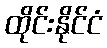
ထိုင်းနိုင်ငံ